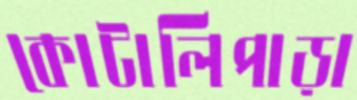
কোটালিপাড়া